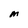
Character: M